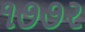
૧૭૭ર